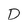
Character: D